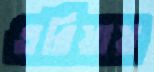
এরিয়ায়